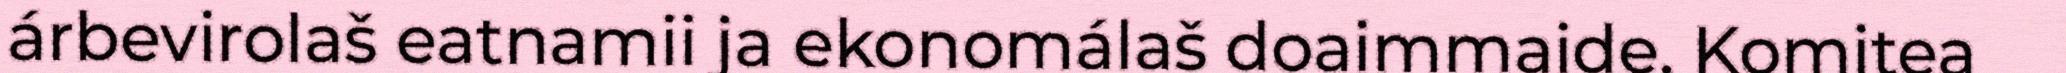
árbevirolaš eatnamii ja ekonomálaš doaimmaide. Komitea